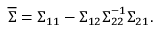
{ \overline { { \boldsymbol { \Sigma } } } } = { \boldsymbol { \Sigma } } _ { 1 1 } - { \boldsymbol { \Sigma } } _ { 1 2 } { \boldsymbol { \Sigma } } _ { 2 2 } ^ { - 1 } { \boldsymbol { \Sigma } } _ { 2 1 } .